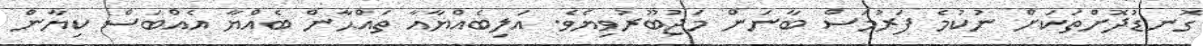
ގޮނޑުދޮށްތަކަށް ނުކުމެ ފަރުމަސް ބާނަން މަޖުބޫރުވިޔެވެ. އަލިބެއްޔާއާ ތައްޙާން ބެއްޔާ އެއްބަސް ކިޔާން